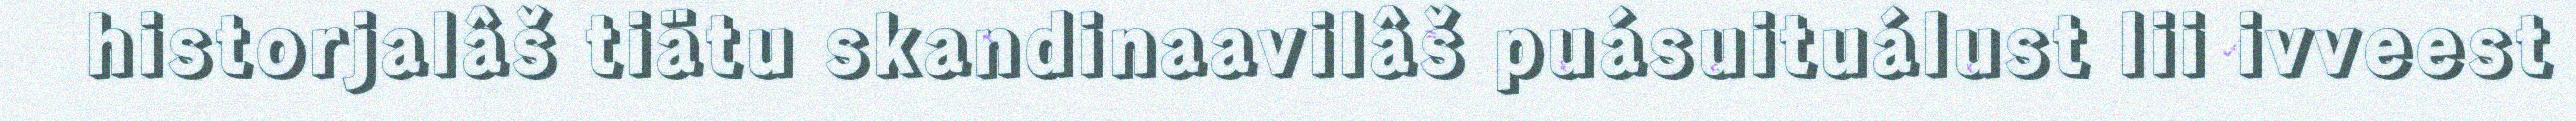
historjalâš tiätu skandinaavilâš puásuituálust lii ivveest